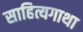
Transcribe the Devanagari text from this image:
साहित्यगाथा